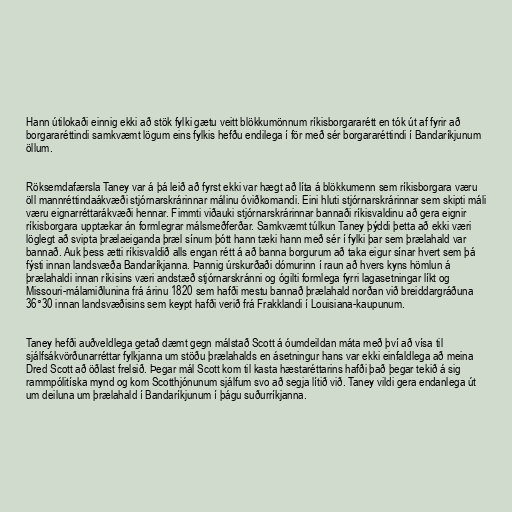
Hann útilokaði einnig ekki að stök fylki gætu veitt blökkumönnum ríkisborgararétt en tók út af fyrir að
borgararéttindi samkvæmt lögum eins fylkis hefðu endilega í för með sér borgararéttindi í Bandaríkjunum
öllum.

Röksemdafærsla Taney var á þá leið að fyrst ekki var hægt að líta á blökkumenn sem ríkisborgara væru
öll mannréttindaákvæði stjórnarskrárinnar málinu óviðkomandi. Eini hluti stjórnarskrárinnar sem skipti máli
væru eignarréttarákvæði hennar. Fimmti viðauki stjórnarskrárinnar bannaði ríkisvaldinu að gera eignir
ríkisborgara upptækar án formlegrar málsmeðferðar. Samkvæmt túlkun Taney þýddi þetta að ekki væri
löglegt að svipta þrælaeiganda þræl sínum þótt hann tæki hann með sér í fylki þar sem þrælahald var
bannað. Auk þess ætti ríkisvaldið alls engan rétt á að banna borgurum að taka eigur sínar hvert sem þá
fýsti innan landsvæða Bandaríkjanna. Þannig úrskurðaði dómurinn í raun að hvers kyns hömlun á
þrælahaldi innan ríkisins væri andstæð stjórnarskránni og ógilti formlega fyrri lagasetningar líkt og
Missouri-málamiðlunina frá árinu 1820 sem hafði mestu bannað þrælahald norðan við breiddargráðuna
36°30 innan landsvæðisins sem keypt hafði verið frá Frakklandi í Louisiana-kaupunum.

Taney hefði auðveldlega getað dæmt gegn málstað Scott á óumdeildan máta með því að vísa til
sjálfsákvörðunarréttar fylkjanna um stöðu þrælahalds en ásetningur hans var ekki einfaldlega að meina
Dred Scott að öðlast frelsið. Þegar mál Scott kom til kasta hæstaréttarins hafði það þegar tekið á sig
rammpólitíska mynd og kom Scotthjónunum sjálfum svo að segja lítið við. Taney vildi gera endanlega út
um deiluna um þrælahald í Bandaríkjunum í þágu suðurríkjanna.